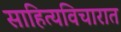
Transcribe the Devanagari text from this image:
साहित्यविचारात